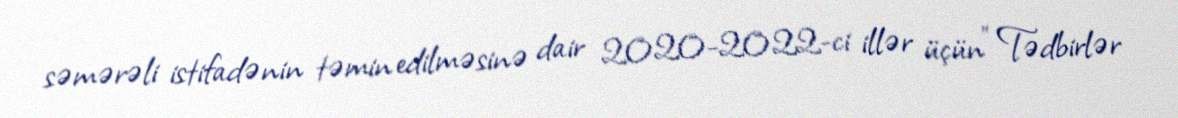
səmərəli istifadənin təmin edilməsinə dair 2020-2022-ci illər üçün” Tədbirlər